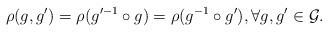
LaTeX: \begin{align*}\rho(g, g') = \rho(g'^{-1} \circ g) = \rho(g^{-1} \circ g'), \forall g, g' \in \mathcal{G}.\end{align*}